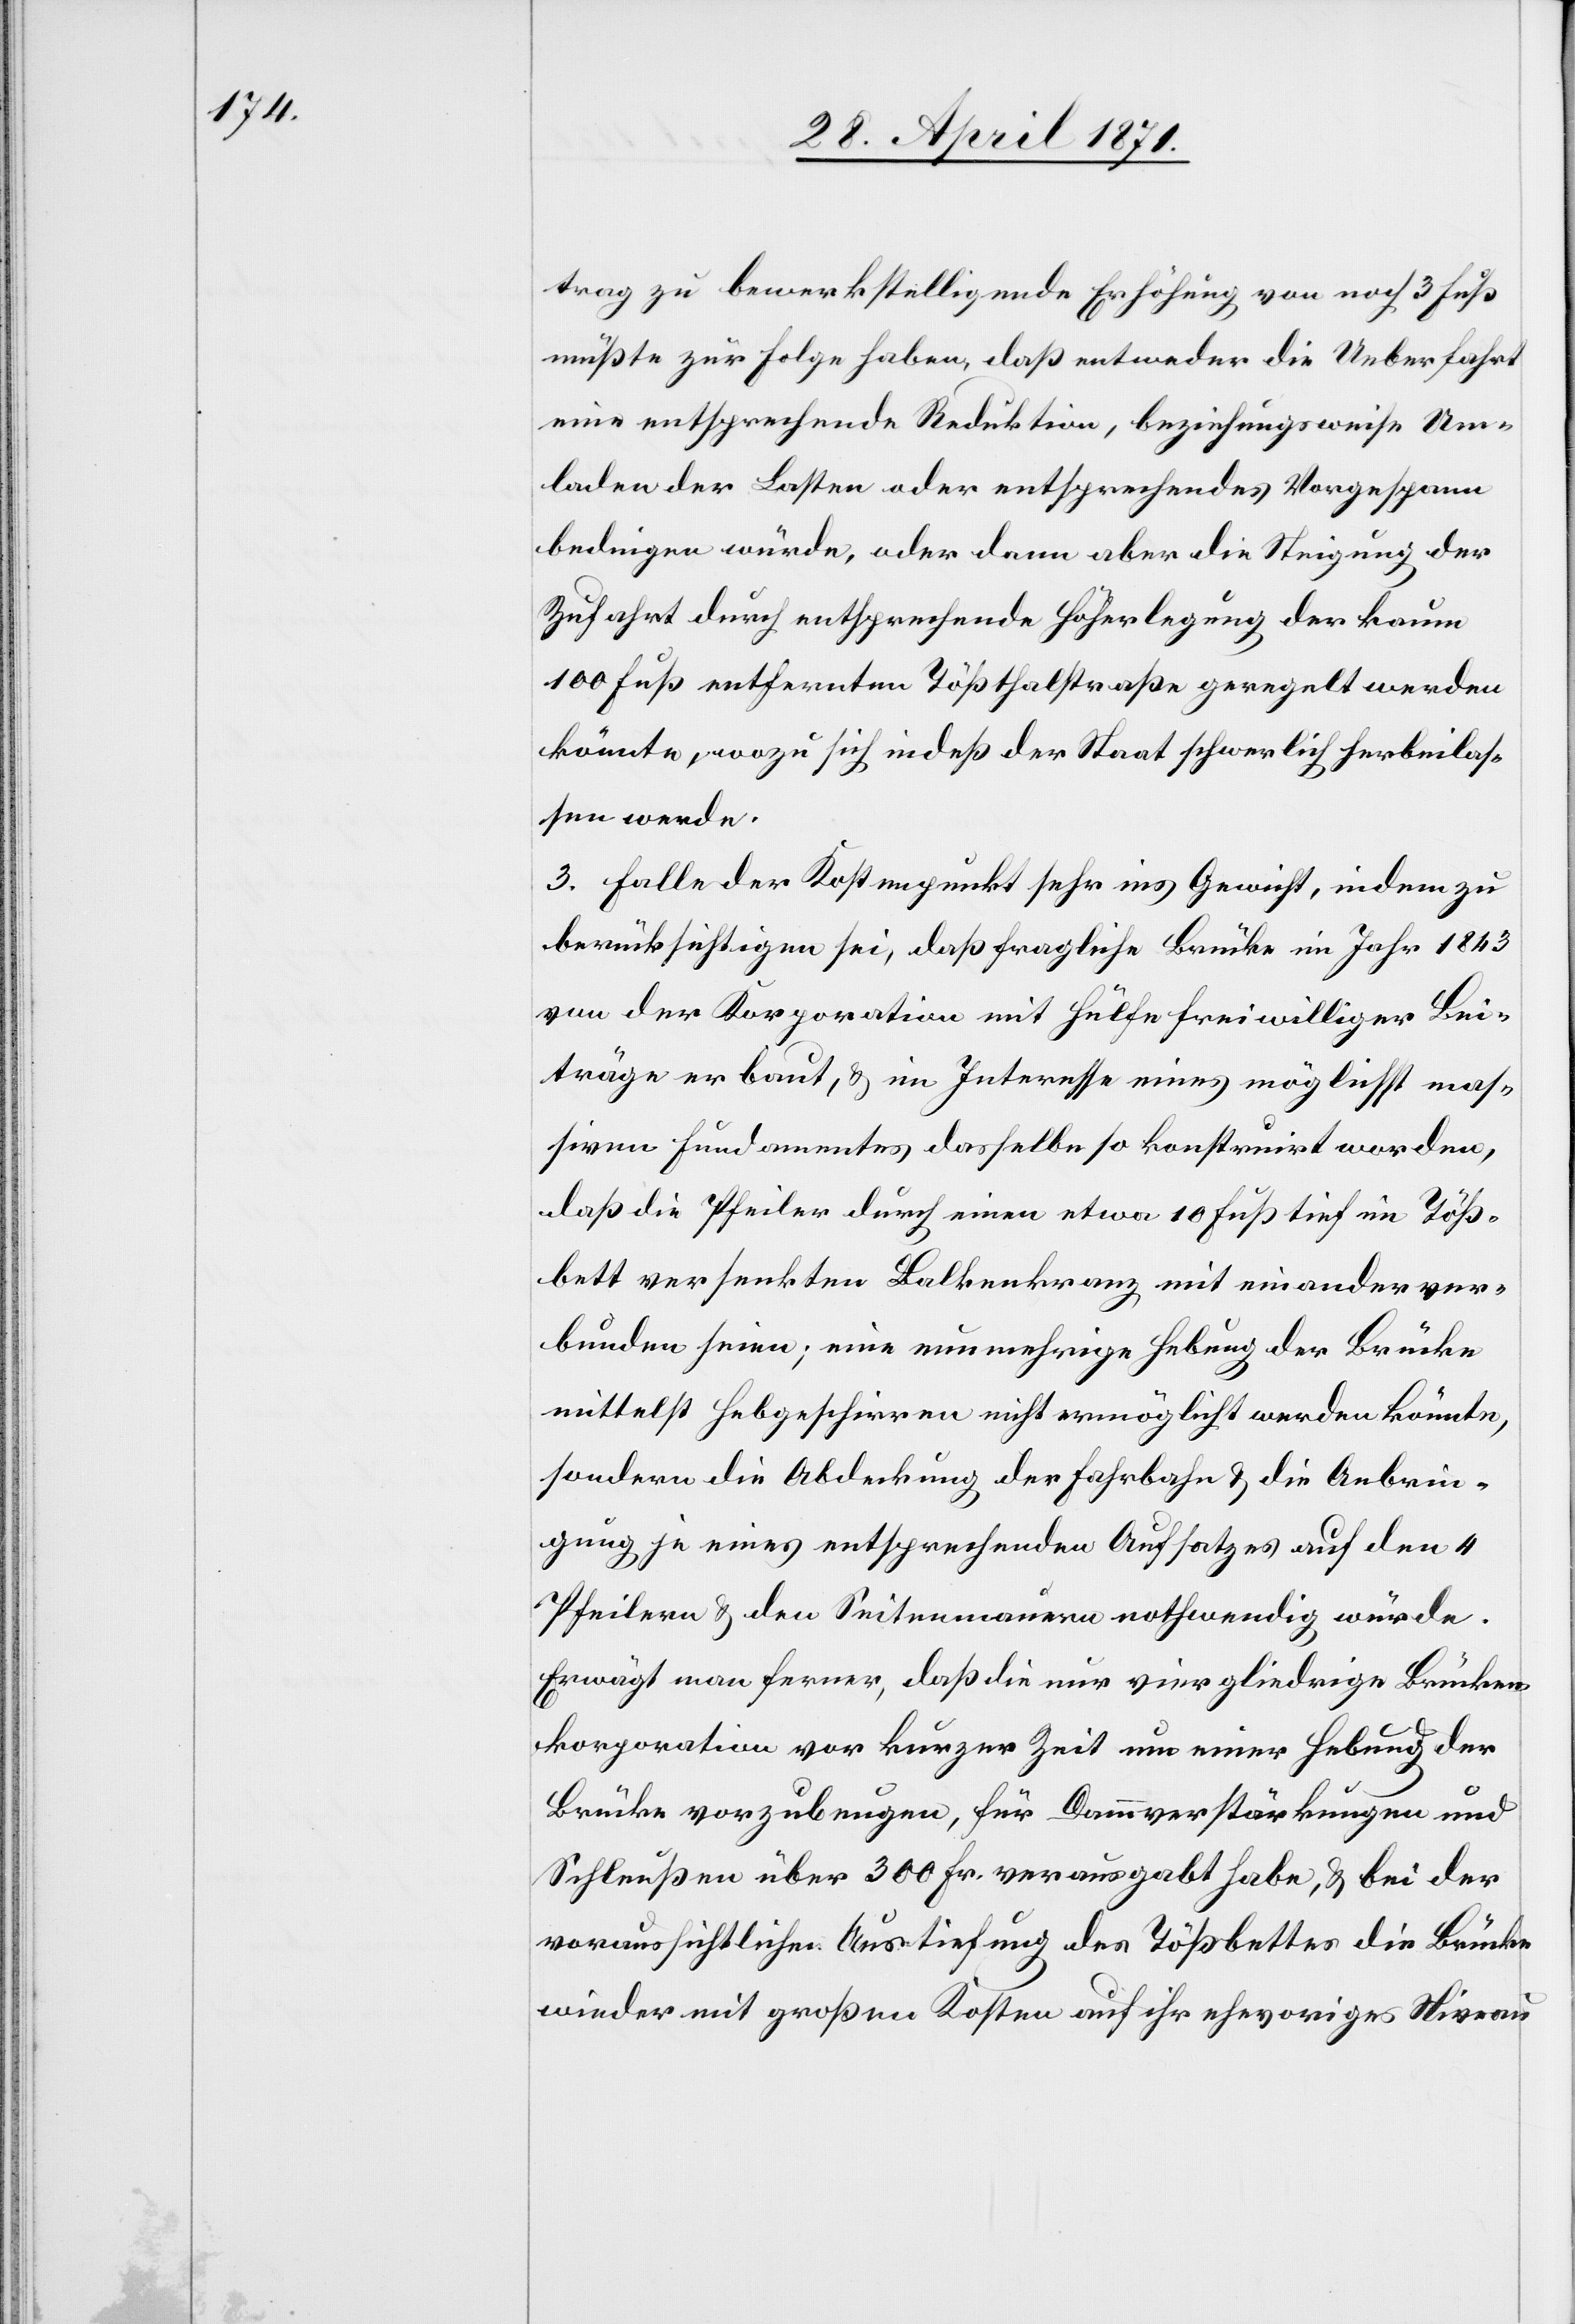
trag zu bewerkstelligende Erhöhung von noch 3 Fuß
müßte zur Folge haben, daß entweder die Ueberfahrt
eine entsprechende Reduktion, beziehungsweise Um¬
laden der Lasten oder entsprechendes Vorgespann
bedingen würde, oder dann aber die Steigung der
Zufahrt durch entsprechende Höherlegung der kaum
100 Fuß entfernten Tößthalstraße geregelt werden
könnte, wozu sich indeß der Staat schwerlich herbeilas¬
sen werde.
3. Falle der Kostenpunkt sehr ins Gewicht, indem zu
berücksichtigen sei, daß fragliche Brücke im Jahr 1843
von der Korporation mit Hülfe freiwilliger Bei¬
träge erbaut, u. im Interesse eines möglichst mas¬
siven Fundamentes dasselbe so konstruirt worden,
daß die Pfeiler durch einen etwa 10 Fuß tief im Töß¬
bett versenkten Balkenkranz mit einander ver¬
bunden seien; eine nunmehrige Hebung der Brücke
mittelst Hebgeschirren nicht ermöglicht werden könnte,
sondern die Abdeckung der Fahrbahn u. die Anbrin¬
gung je eines entsprechenden Aufsatzes auf den 4
Pfeilern u. den Seitenmauern nothwendig würde.
Erwägt man ferner, daß die nur viergliedrige Brücken¬
korporation vor kurzer Zeit um einer Hebung der
Brücke vorzubeugen, für Dammverstärkungen und
Schleußen über 300 Fr. verausgabt habe, u. bei der
voraussichtlichen Austiefung des Tößbettes die Brücke
wieder mit großen Kosten auf ihr ehevoriges Niveau